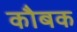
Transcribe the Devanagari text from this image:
कौबक